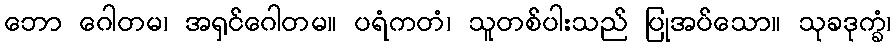
ဘော ဂေါတမ၊ အရှင်ဂေါတမ။ ပရံကတံ၊ သူတစ်ပါးသည် ပြုအပ်သော။ သုခဒုက္ခံ၊